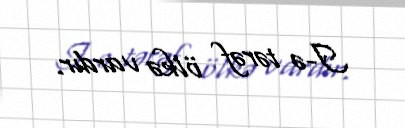
I-ə tərəf ölkə vardır.